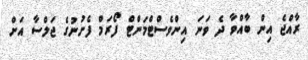
ރާއްޖެ އިން ބާއްވާ ދެ ވަނަ އިންވެސްޓްމަންޓް ފޯރަމް ފެށުނުގެ ޖަލްސާ އަށް